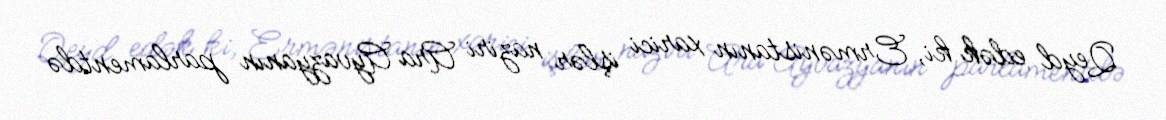
Qeyd edək ki, Ermənistanın xarici işlər naziri Ara Ayvazyanın parlamentdə